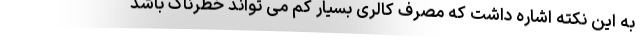
به این نکته اشاره داشت که مصرف کالری بسیار کم می تواند خطرناک باشد